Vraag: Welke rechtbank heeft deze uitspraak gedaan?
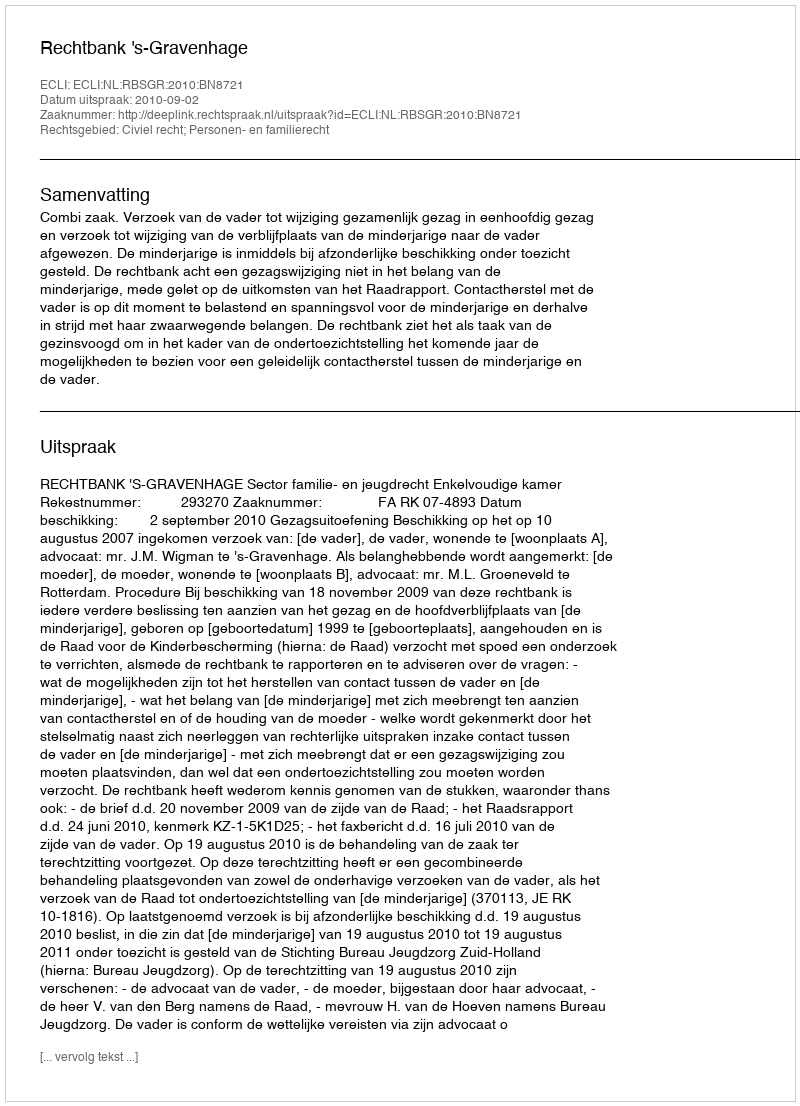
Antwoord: Rechtbank 's-Gravenhage